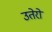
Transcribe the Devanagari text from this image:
उतेरो